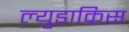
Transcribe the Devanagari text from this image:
ल्युडाक्रिस